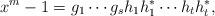
LaTeX: \begin{align*}x^m-1=g_1\cdots g_sh_1h_1^*\cdots h_th_t^*,\end{align*}